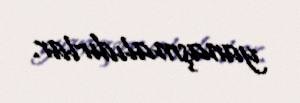
yanaşmalıdırlar.